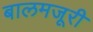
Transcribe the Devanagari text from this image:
बालमजूरी